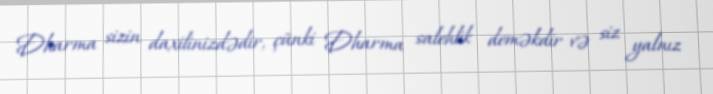
Dharma sizin daxilinizdədir, çünki Dharma salehlik deməkdir və siz yalnız